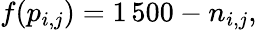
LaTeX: f(p_{i,j})=1\, 500-n_{i,j},